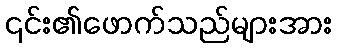
၎င်း၏ဖောက်သည်များအား